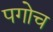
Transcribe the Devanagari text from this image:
पगोच